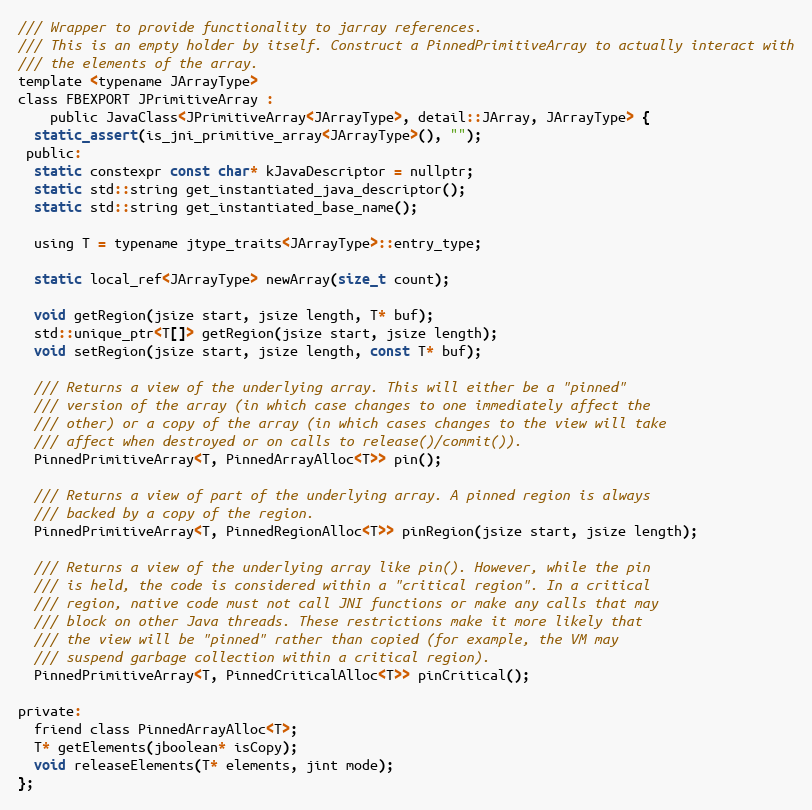
Language: C
/// Wrapper to provide functionality to jarray references.
/// This is an empty holder by itself. Construct a PinnedPrimitiveArray to actually interact with
/// the elements of the array.
template <typename JArrayType>
class FBEXPORT JPrimitiveArray :
    public JavaClass<JPrimitiveArray<JArrayType>, detail::JArray, JArrayType> {
  static_assert(is_jni_primitive_array<JArrayType>(), "");
 public:
  static constexpr const char* kJavaDescriptor = nullptr;
  static std::string get_instantiated_java_descriptor();
  static std::string get_instantiated_base_name();

  using T = typename jtype_traits<JArrayType>::entry_type;

  static local_ref<JArrayType> newArray(size_t count);

  void getRegion(jsize start, jsize length, T* buf);
  std::unique_ptr<T[]> getRegion(jsize start, jsize length);
  void setRegion(jsize start, jsize length, const T* buf);

  /// Returns a view of the underlying array. This will either be a "pinned"
  /// version of the array (in which case changes to one immediately affect the
  /// other) or a copy of the array (in which cases changes to the view will take
  /// affect when destroyed or on calls to release()/commit()).
  PinnedPrimitiveArray<T, PinnedArrayAlloc<T>> pin();

  /// Returns a view of part of the underlying array. A pinned region is always
  /// backed by a copy of the region.
  PinnedPrimitiveArray<T, PinnedRegionAlloc<T>> pinRegion(jsize start, jsize length);

  /// Returns a view of the underlying array like pin(). However, while the pin
  /// is held, the code is considered within a "critical region". In a critical
  /// region, native code must not call JNI functions or make any calls that may
  /// block on other Java threads. These restrictions make it more likely that
  /// the view will be "pinned" rather than copied (for example, the VM may
  /// suspend garbage collection within a critical region).
  PinnedPrimitiveArray<T, PinnedCriticalAlloc<T>> pinCritical();

private:
  friend class PinnedArrayAlloc<T>;
  T* getElements(jboolean* isCopy);
  void releaseElements(T* elements, jint mode);
};